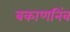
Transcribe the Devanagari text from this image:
बकाणनिंब